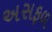
અસફળ